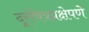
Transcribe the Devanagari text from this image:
दूरचित्रप्रक्षेपणे